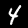
Label: 4